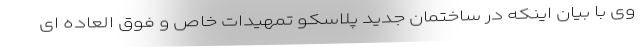
وی با بیان اینکه در ساختمان جدید پلاسکو تمهیدات خاص و فوق العاده ای